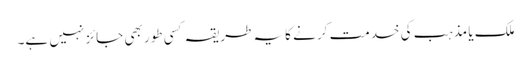
ملک یا مذہب کی خدمت کر نے کایہ طریقہ کسی طور بھی جائز نہیں ہے۔